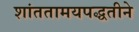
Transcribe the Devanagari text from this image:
शांततामयपद्धतीने